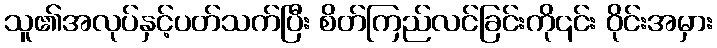
သူ၏အလုပ်နှင့်ပတ်သက်ပြီး စိတ်ကြည်လင်ခြင်းကို၎င်း ဝိုင်းအမှား